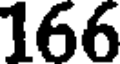
166